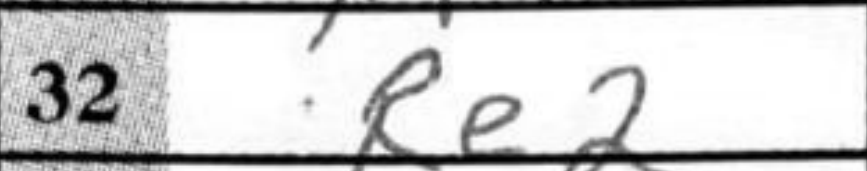
Transcription: Re2